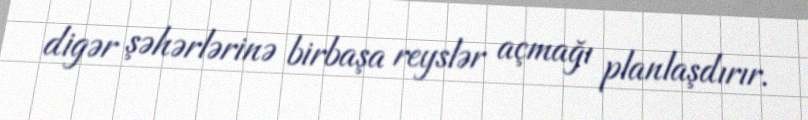
digər şəhərlərinə birbaşa reyslər açmağı planlaşdırır.